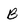
Character: B